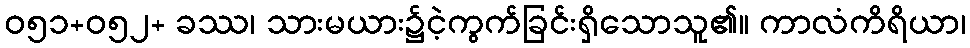
ဝ၅၁+၀၅၂+ ခဿ၊ သားမယား၌ငဲ့ကွက်ခြင်းရှိသောသူ၏။ ကာလံကိရိယာ၊